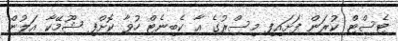
ޓެސްޓް ކުރަން ފަށައިފި މިސްރުގެ އާ ކެބިނެޓް ހުވާ ކޮށްފި ޝޫމޭކާ އަލުން